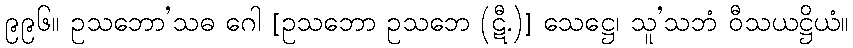
၉၉၆။ ဥသဘော’သဓ ဂေါ [ဥသဘော ဥသဘေ (ဋီ.)] သေဋ္ဌေ၊ သူ’သဘံ ဝီသယဋ္ဌိယံ။